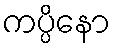
ကပ္ပိနော